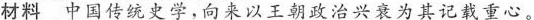
材料中国传统史学，向来以王朝政治兴衰为其记载重心。